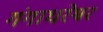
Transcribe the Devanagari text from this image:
गंगाधरेश्वर